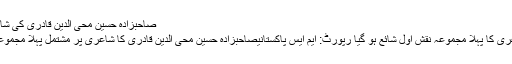
صاحبزادہ حسین محی الدین قادری کی شاعری کا پہلا مجموعہ نقش اول شائع ہو گیا
صاحبزادہ حسین محی الدین قادری کی شاعری کا پہلا مجموعہ نقش اول شائع ہو گیا رپورٹ: ایم ایس پاکستانیصاحبزادہ حسین محی الدین قادری کا شاعری پر مشتمل پہلا مجموعہ "نقش اول” کے نام سے شائع ہو گیا ہے۔